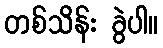
တစ်သိန်း ခွဲပါ။